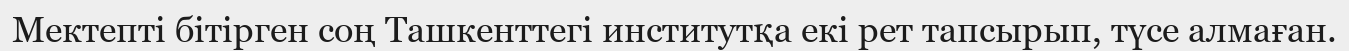
Мектепті бітірген соң Ташкенттегі институтқа екі рет тапсырып, түсе алмаған.